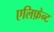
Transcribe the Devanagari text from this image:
एलिफ़ेन्ट